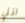
اذني